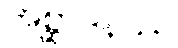
အစ္ဆာဒနဿ